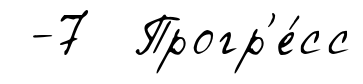
-7 Прогр'е́сс